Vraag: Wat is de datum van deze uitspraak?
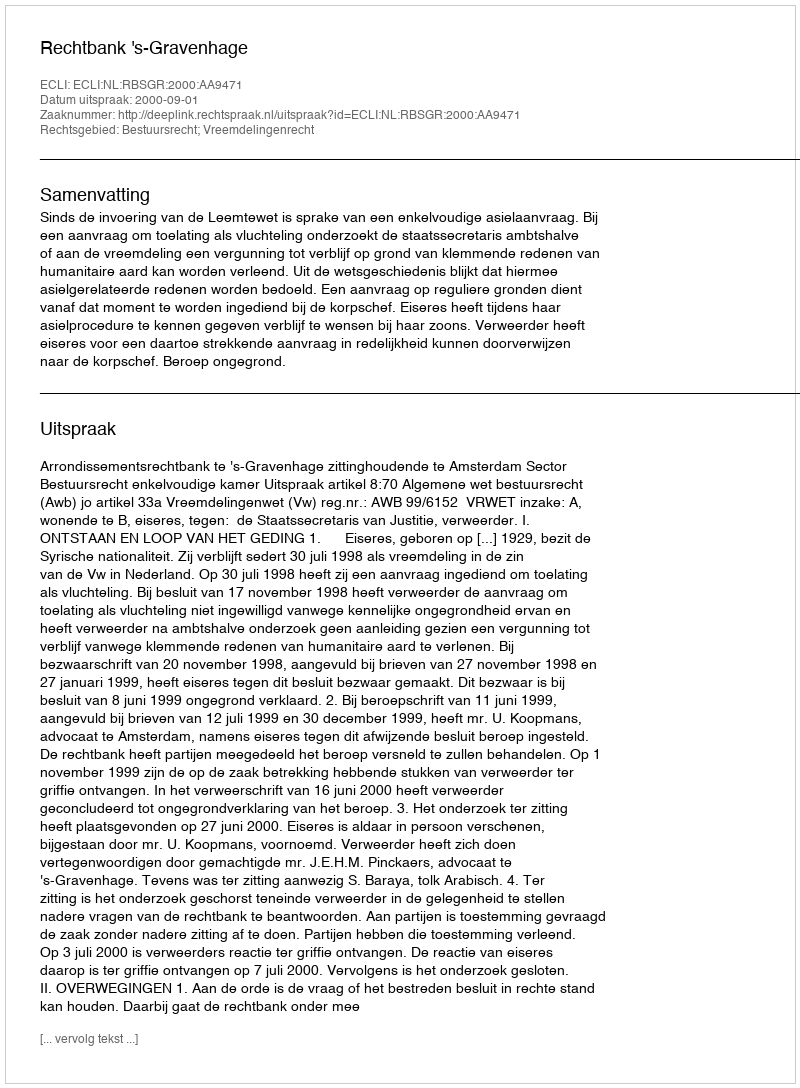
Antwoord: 2000-09-01